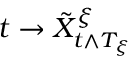
t \rightarrow \tilde { X } _ { t \wedge T _ { \xi } } ^ { \xi }